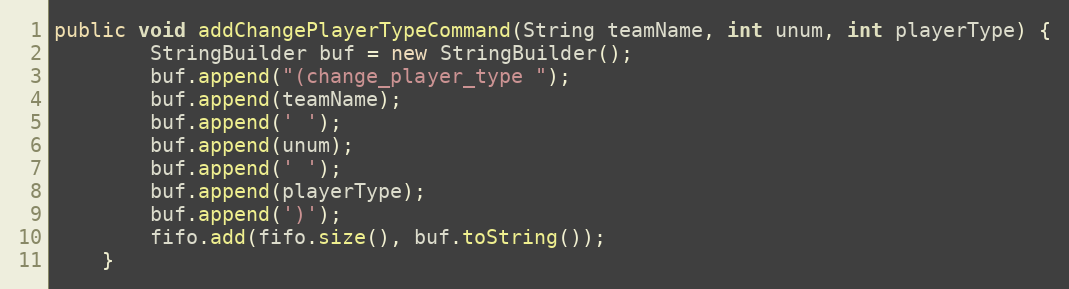
Language: Java
public void addChangePlayerTypeCommand(String teamName, int unum, int playerType) {
        StringBuilder buf = new StringBuilder();
        buf.append("(change_player_type ");
        buf.append(teamName);
        buf.append(' ');
        buf.append(unum);
        buf.append(' ');
        buf.append(playerType);
        buf.append(')');
        fifo.add(fifo.size(), buf.toString());
    }